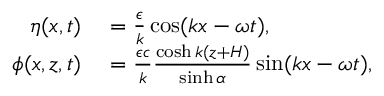
\begin{array} { r l } { \eta ( x , t ) } & { { } = \frac { \epsilon } { k } \cos ( k x - \omega t ) , } \\ { \phi ( x , z , t ) } & { { } = \frac { \epsilon c } { k } \frac { \cosh k ( z + H ) } { \sinh \alpha } \sin ( k x - \omega t ) , } \end{array}